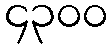
၄၃၀၀